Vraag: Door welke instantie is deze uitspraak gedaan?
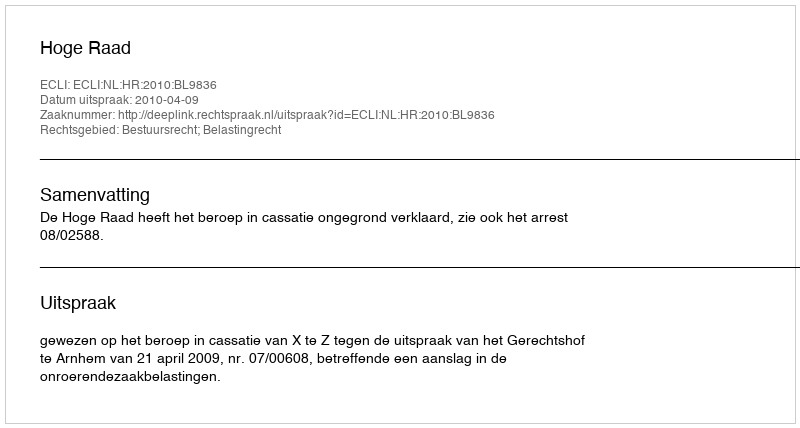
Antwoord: Hoge Raad